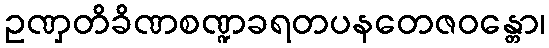
ဥဏှတိခိဏစဏ္ဍခရတပနတေဇဝန္တော၊